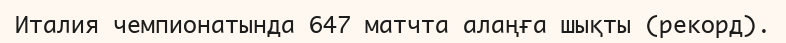
Италия чемпионатында 647 матчта алаңға шықты (рекорд).